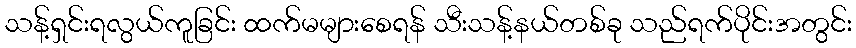
သန့်ရှင်းရလွယ်ကူခြင်း ထက်မများစေရန် သီးသန့်နယ်တစ်ခု သည်ရက်ပိုင်းအတွင်း